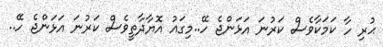
ޙުރި ހާ ކަމަކާވެސް ކަރުނަ އަޅަންޖެ ހޭ..މިގައު އޮޔާދާތީވެސް ކަރުނަ އަޅަންޖެ ހޭ..